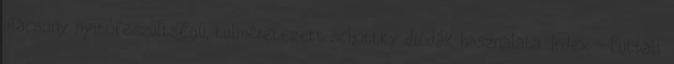
alacsony nyitófeszültségû, túlméretezett schottky diódák használata. Index - Futball